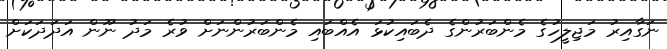
ނަގާއިރު މަޖިލީހުގެ މެންބަރުންގެ ދެބައިކުޅަ އެއްބައި މެންބަރުންނަށް ވުރެ މަދު ނޫން އަދަދަކަށް